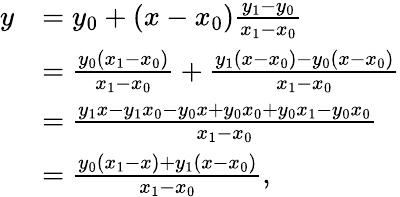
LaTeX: {\begin{array}{rl}{y}&{=y_{0}+(x-x_{0}){\frac{y_{1}-y_{0}}{x_{1}-x_{0}}}}\\ &{={\frac{y_{0}(x_{1}-x_{0})}{x_{1}-x_{0}}}+{\frac{y_{1}(x-x_{0})-y_{0}(x-x_{0})}{x_{1}-x_{0}}}}\\ &{={\frac{y_{1}x-y_{1}x_{0}-y_{0}x+y_{0}x_{0}+y_{0}x_{1}-y_{0}x_{0}}{x_{1}-x_{0}}}}\\ &{={\frac{y_{0}(x_{1}-x)+y_{1}(x-x_{0})}{x_{1}-x_{0}}},}\end{array}}